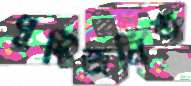
পুষ্টিজনিত